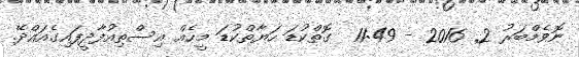
ނޮވެމްބަރު 2